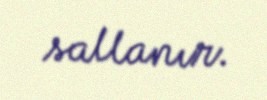
sallanır.